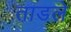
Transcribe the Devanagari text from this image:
ताडले